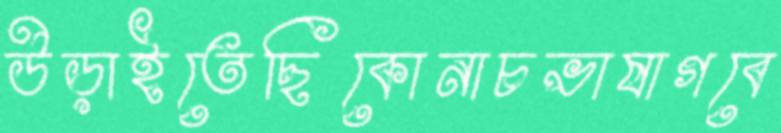
উড়াইতেছিকোনাচভাষাগবে